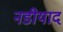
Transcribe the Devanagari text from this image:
नडीयाद